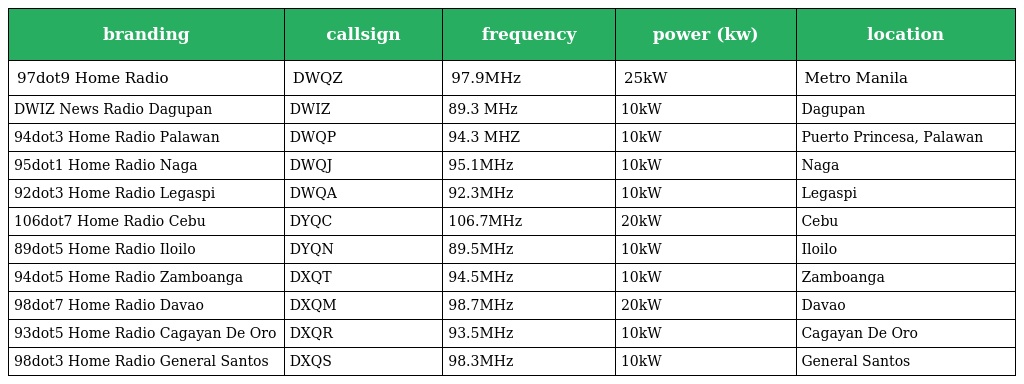
| branding | callsign | frequency | power (kw) | location |
 | --- | --- | --- | --- | --- |
 | 97dot9 Home Radio | DWQZ | 97.9MHz | 25kW | Metro Manila |
 | DWIZ News Radio Dagupan | DWIZ | 89.3 MHz | 10kW | Dagupan |
 | 94dot3 Home Radio Palawan | DWQP | 94.3 MHZ | 10kW | Puerto Princesa, Palawan |
 | 95dot1 Home Radio Naga | DWQJ | 95.1MHz | 10kW | Naga |
 | 92dot3 Home Radio Legaspi | DWQA | 92.3MHz | 10kW | Legaspi |
 | 106dot7 Home Radio Cebu | DYQC | 106.7MHz | 20kW | Cebu |
 | 89dot5 Home Radio Iloilo | DYQN | 89.5MHz | 10kW | Iloilo |
 | 94dot5 Home Radio Zamboanga | DXQT | 94.5MHz | 10kW | Zamboanga |
 | 98dot7 Home Radio Davao | DXQM | 98.7MHz | 20kW | Davao |
 | 93dot5 Home Radio Cagayan De Oro | DXQR | 93.5MHz | 10kW | Cagayan De Oro |
 | 98dot3 Home Radio General Santos | DXQS | 98.3MHz | 10kW | General Santos |